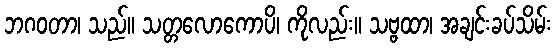
ဘဂဝတာ၊ သည်။ သတ္တလောကောပိ၊ ကိုလည်း။ သဗ္ဗထာ၊ အချင်းခပ်သိမ်း